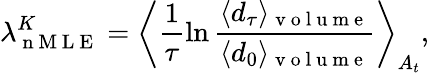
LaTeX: \lambda_{\mathrm{~n~M~L~E~}}^{K}=\bigg\langle\frac{1}{\tau}\ln\frac{\langle d_{\tau}\rangle_{\mathrm{~v~o~l~u~m~e~}}}{\langle d_{0}\rangle_{\mathrm{~v~o~l~u~m~e~}}}\bigg\rangle_{A_{t}},